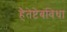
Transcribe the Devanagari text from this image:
हैतेष्टेबंविधा